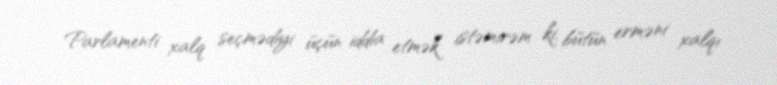
Parlamenti xalq seçmədiyi üçün iddia etmək istəmirəm ki, bütün erməni xalqı